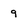
Character: 9